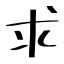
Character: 求